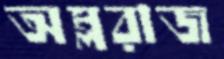
অম্লরাজ